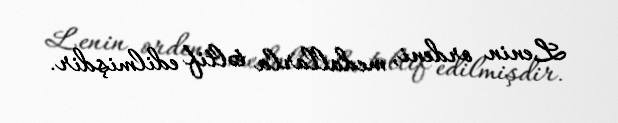
Lenin ordeni, medallarla təltif edilmişdir.